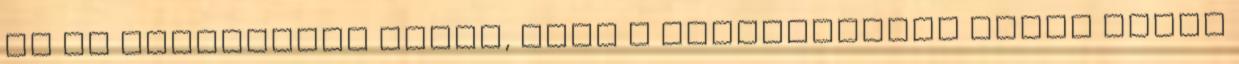
Az is érthetőbbé válik, hogy a Szentírásban miért éppen